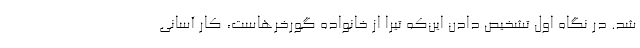
شد. در نگاه اول تشخیص دادن این‌که تیرا از خانواده گورخرهاست، کار آسانی